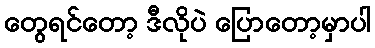
တွေရင်တော့ ဒီလိုပဲ ပြောတော့မှာပါ